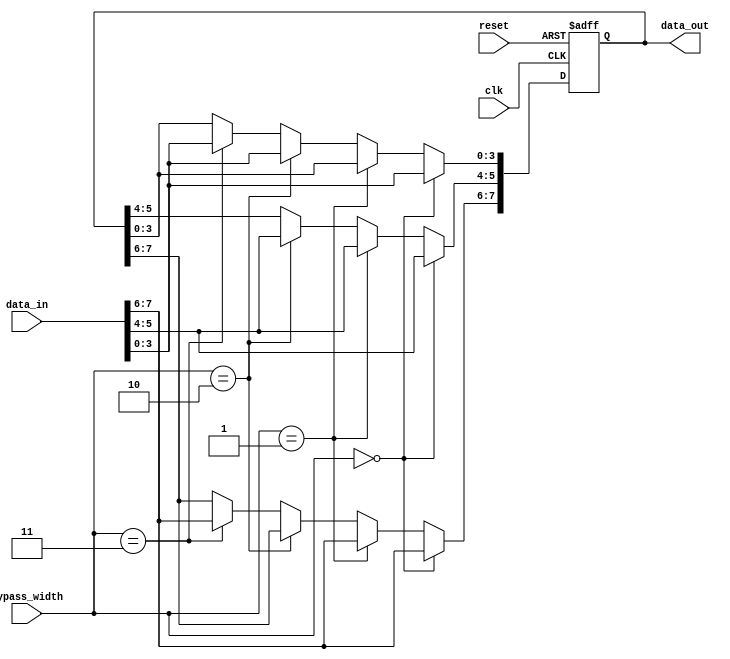
module variable_width_bypass_reg (
    input wire clk,
    input wire reset,
    input wire [7:0] data_in,
    input wire [3:0] bypass_width,
    output wire [7:0] data_out
);

reg [7:0] reg_val;

always @(posedge clk or posedge reset) begin
    if (reset) begin
        reg_val <= 8'h00;
    end else begin
        if (bypass_width == 4'b0000) begin
            reg_val <= data_in;
        end else if (bypass_width == 4'b0001) begin
            reg_val[7:4] <= data_in[7:4];
        end else if (bypass_width == 4'b0010) begin
            reg_val[5:0] <= data_in[5:0];
        end else if (bypass_width == 4'b0011) begin
            reg_val[7:6] <= data_in[7:6];
            reg_val[3:0] <= data_in[3:0];
        end
        // Add more cases as needed for different bypass widths
    end
end

assign data_out = reg_val;

endmodule